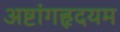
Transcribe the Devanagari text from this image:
अष्टांगहृदयम